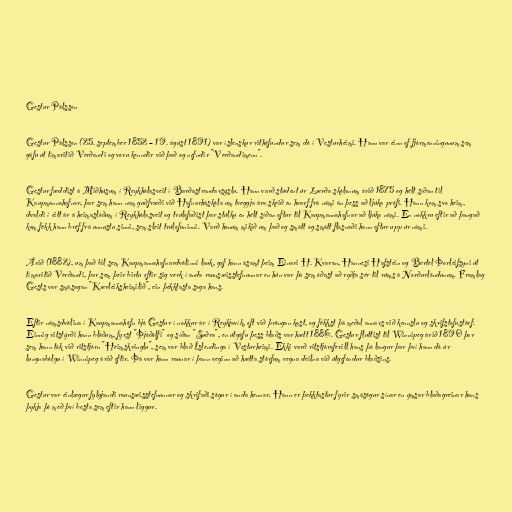
Gestur Pálsson

Gestur Pálsson (25. september 1852 – 19. ágúst 1891) var íslenskur rithöfundur sem dó í Vesturheimi. Hann var einn af fjórmenningunum sem
gáfu út tímaritið Verðandi og voru kenndir við það og nefndir "Verðandimenn".

Gestur fæddist á Miðhúsum í Reykhólasveit í Barðastrandarsýslu. Hann varð stúdent úr Lærða skólanum árið 1875 og hélt síðan til
Kaupmannahafnar, þar sem hann nam guðfræði við Hafnarháskóla um tveggja ára skeið en hvarf frá námi án þess að ljúka prófi. Hann kom svo heim,
dvaldi í eitt ár á heimaslóðum í Reykhólasveit og trúlofaðist þar stúlku en hélt síðan aftur til Kaupmannahafnar að ljúka námi. En nokkru eftir að þangað
kom fékk hann bréf frá unnustu sinni, sem sleit trúlofuninni. Varð honum mikið um það og smátt og smátt flosnaði hann aftur upp úr námi.

Árið (1882), um það bil sem Kaupmannahafnardvölinni lauk, gaf hann ásamt þeim Einari H. Kvaran, Hannesi Hafstein og Bertel Þorleifsyni út
tímaritið Verðandi, þar sem þeir birtu eftir sig verk í anda raunsæisstefnunnar en hún var þá sem óðast að ryðja sér til rúms á Norðurlöndunum. Framlag
Gests var smásagan "Kærleiksheimilið", ein þekktasta saga hans.

Eftir námsdvölina í Kaupmannahöfn bjó Gestur í nokkur ár í Reykjavík, oft við þröngan kost, og fékkst þá meðal annars við kennslu og skrifstofustörf.
Einnig ritstýrði hann blöðum, fyrst "Þjóðólfi" og síðan "Suðra", en útgáfu þess blaðs var hætt 1886. Gestur fluttist til Winnipeg árið 1890 þar
sem hann tók við ritstjórn "Heimskringlu", sem var blað Íslendinga í Vesturheimi. Ekki varð ritstjóraferill hans þó langur þar því hann dó úr
lungnabólgu í Winnipeg árið eftir. Þá var hann raunar í þann veginn að hætta störfum vegna deilna við útgefendur blaðsins.

Gestur var einlægur fylgjandi raunsæisstefnunnar og skrifaði sögur í anda hennar. Hann er þekktastur fyrir smásögur sínar en ýmsar blaðagreinar hans
þykja þó með því besta sem eftir hann liggur.